Report on sanitation, dispensaries, and jails in Rajputana for 1917, and on vaccination for the year 1917-1918 - 1917-1918
Year: 1917
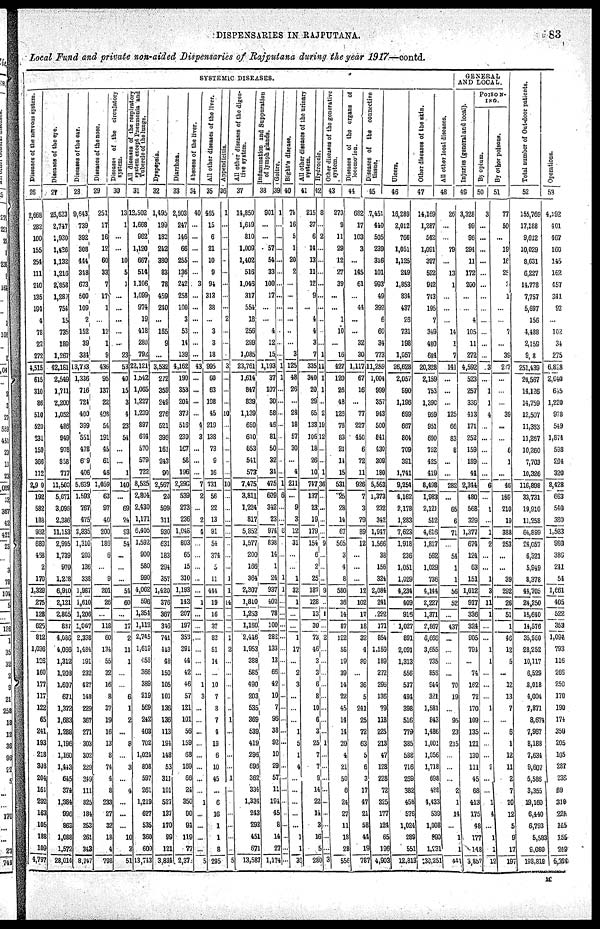
DISPENSARIES IN RAJPUTANA.
83
Local Fund and private non-aided Dispensaries of Rajputana during the year 1917—contd.
SYSTEMIC DISEASES.
Diseases
of the
nervous system.
26
2,668
282
100
155
254
111
210
135
191
4
78
22
272
4,515
615
310
86
510
520
231
159
366
112
2,909
192
582
188
962
689
468
2
170
1,329
275
128
625
812
1,036
126
160
177
117
122
65
241
193
218
308
204
161
292
163
105
188
109
4,797
Diseases of the eye.
27
26,623
2,747
1,930
1,426
1,132
1,216
2,858
1,289
754
15
735
189
1,267
42,181
2,549
1,711
2,200
1,052
486
949
978
858
717
11,500
5,671
3,096
2,386
11,153
2,995
1,739
970
1,208
6,910
2,121
2,805
887
4,086
4,066
1,312
1,208
1,607
671
1,372
1,683
1,288
1,196
1,160
1,443
645
374
1,384
996
863
1,088
1,572
28,014
Diseases of the ear.
28
9,643
739
392
308
444
348
673
500
109
2
152
39
331
13,733
1,336
716
724
400
399
551
478
609
406
5,639
1,593
767
475
2,835
1,310
203
136
338
1,987
1,610
1,206
1,067
2,338
1,484
191
232
427
148
229
367
271
303
302
229
249
111
825
184
253
261
343
8,747
Diseaseses
the nose.
29
251
17
16
12
60
33
7
17
1
...
12
1
9
436
95
137
22
408
54
191
45
61
46
1,059
63
97
40
200
186
6
...
9
201
26
...
118
60
134
55
32
16
8
37
19
16
13
8
74
4
8
233
27
32
18
4
798
Diseases of the circulatory
system.
30
13
1
...
...
10
5
1
...
...
...
...
...
23
53
40
15
3
4
23
54
...
...
1
140
...
69
24
93
54
...
...
...
54
60
...
17
2
11
1
...
...
6
1
2
...
8
...
3
...
4
...
...
...
10
3
51
All diseases
of the respiratory
system
except Pneumonia and
Tubercle of the lungs.
31
12,502
1,668
962
1,120
667
514
1,106
1,099
974
19
418
280
792
22,121
1,542
1,065
1,227
1,239
897
664
570
579
722
8,525
2,804
2,430
1,171
6,405
1,592
900
580
990
4,062
596
1,354
1,112
2,745
1,619
458
366
389
219
569
242
403
702
1,024
808
597
261
1,219
677
535
360
600
13,713
Dyspepsia.
32
l,496
199
182
242
380
83
78
459
240
...
165
9
...
3,532
272
359
249
276
521
396
161
243
90
2,567
20
599
311
930
631
183
294
357
1,420
376
367
316
741
443
48
150
105
101
136
136
113
191
148
53
311
101
527
137
170
99
121
3,834
Diarrhœa.
33
2,503
247
146
68
255
136
242
258
100
3
53
14
139
4,162
190
353
204
373
516
239
107
58
196
2,290
539
273
236
1,048
803
65
15
310
1,193
143
207
197
353
391
44
42
46
57
121
101
56
159
68
169
66
24
350
90
94
119
77
2,371
Abecess of the liver.
34
40
...
...
...
...
...
3
...
...
...
...
...
...
43
...
...
...
...
4
3
...
...
...
7
2
...
2
4
...
...
...
...
...
1
...
...
...
...
...
...
1
3
...
...
...
...
...
...
...
...
1
...
...
...
...
5
All other diseases of the liver.
35
465
15
6
21
10
9
94
313
38
...
3
3
18
995
60
63
108
45
219
138
73
9
16
731
56
22
13
91
54
374
5
11
414
19
16
37
82
51
14
...
10
7
8
7
4
19
6
10
45
...
6
16
1
1
8
295
Appendicitis.
36
1
...
...
...
...
...
...
...
...
2
...
...
...
3
...
...
...
10
...
...
...
...
...
10
...
...
...
...
...
...
...
1
1
14
...
...
1
2
...
...
...
...
...
1
...
...
...
...
1
...
...
...
...
...
...
5
All other diseases of the diges-
tive system.
37
14,850
1,649
810
1,009
1,402
516
1,046
317
554
18
256
299
1,085
23,761
1,614
847
839
1,139
659
610
653
541
573
7,475
3,811
1,224
817
5,852
1,577
200
166
364
2,207
1,810
1,253
1,160
2,446
1,953
388
585
490
203
535
369
539
419
296
696
362
334
1,334
243
293
451
671
13,587
Inflammation and Suppuration
of lymph glands.
38
901
...
...
57
54
33
100
17
...
...
4
12
15
1,193
37
107
30
58
46
81
50
32
34
475
609
342
23
974
898
14
1
24
937
402
78
100
282
133
13
66
42
10
7
96
38
92
10
29
57
11
194
45
8
14
27
1,174
Goitre.
39
1
...
...
...
...
...
...
...
...
...
...
...
...
1
1
...
...
...
...
...
...
...
...
1
6
...
...
6
...
...
1
1
...
...
...
...
...
...
...
...
...
...
...
...
...
...
...
...
...
...
...
...
...
...
...
Bight's disease.
40
78
16
5
1
20
2
...
...
...
...
...
...
3
125
48
26
...
28
18
57
30
...
4
211
...
9
3
12
31
...
...
1
32
1
...
...
1
17
...
2
3
...
...
...
1
5
1
4
...
...
...
...
...
1
1
36
All
other diseases of the urinary
system.
41
215
37
6
14
13
11
12
9
...
4
4
3
7
335
340
20
29
65
133
106
18
26
10
747
137
23
19
179
154
6
2
25
187
128
13
30
73
46
3
3
6
8
10
6
3
25
7
7
9
14
22
14
3
16
5
280
Hydrocele.
42
8
...
2
...
...
...
...
...
...
...
...
...
1
11
1
1
...
2
19
12
...
...
1
36
...
...
...
...
9
...
...
...
9
...
1
...
2
...
...
...
...
...
...
...
...
1
...
...
...
...
...
...
...
...
...
3
Other diseases of the gonerative
system.
43
273
9
11
29
12
27
39
...
...
1
10
...
16
427
120
26
48
126
78
83
21
14
15
531
25
28
14
67
565
3
4
8
580
36
14
87
122
58
19
39
14
22
45
14
14
20
4
21
50
6
24
27
11
18
28
556
Diseases of the organs of
locomotion.
44
682
17
103
3
...
145
61
...
41
...
...
32
30
1,117
67
16
...
77
227
450
6
72
11
926
7
3
79
89
12
...
...
...
12
102
17
18
32
4
89
...
36
5
241
25
72
63
5
6
3
17
47
21
58
44
19
787
Diseases
of the connective
tissue.
45
7,451
440
505
239
316
101
993
49
392
6
60
34
773
11,259
1,004
999
357
943
500
841
430
309
180
5,563
1,373
232
342
1,947
1,566
38
156
324
2,084
241
292
171
854
1,159
189
272
296
136
79
118
225
213
47
128
228
72
325
177
124
65
196
4,903
Ulcers.
46
16,289
2,012
766
1,051
1,125
249
1,853
834
437
26
731
198
1,057
26,628
2,057
990
1,196
699
667
804
709
391
1,741
9,254
4,162
2,178
1,283
7,623
1,918
236
1,051
1,029
4,234
409
916
1,027
891
2,091
1,313
556
537
494
398
516
779
385
588
716
269
382
458
576
1,024
289
551
12,813
Other diseases of the skin.
47
14,169
1,287
542
1,091
327
522
942
743
195
7
349
480
684
20,328
2,159
753
1,390
959
951
690
752
425
419
8,498
1,983
2,120
512
4,616
1,817
562
1,029
736
4,144
2,227
1,371
2,867
6,666
3,655
735
858
944
321
1,581
843
1,486
1,001
1,056
1,718
698
488
4,433
539
1,008
990
1,231
130,251
All other local diseases.
48
26
...
...
79
...
13
1
...
...
...
14
1
7
141
...
...
...
125
66
83
8
...
...
282
...
65
6
71
...
54
1
1
56
52
...
437
...
...
...
...
70
19
...
95
23
215
...
...
...
2
1
14
...
1
1
441
GENERAL
AND LOCAL.
Injuries (general and local).
49
3,328
99
96
294
11
172
200
...
...
4
105
11
272
4,592
523
257
336
413
171
252
159
189
44
2,344
480
568
329
1,377
674
124
63
151
1,012
917
336
324
905
794
...
74
162
72
170
109
135
121
130
111
45
68
413
175
48
177
148
3,857
POISON¬
ING.
By opium.
50
3
...
...
...
...
...
...
...
...
...
...
...
...
3
...
1
1
4
...
...
...
...
...
6
...
1
...
1
2
...
...
1
3
11
1
...
...
1
1
...
...
...
1
...
...
...
...
2
...
...
1
4
...
1
1
12
By other poisons.
51
77
50
...
19
16
25
3
1
...
...
7
...
39
237
...
...
...
39
...
...
6
1
...
46
159
210
19
388
253
...
...
39
292
28
51
1
46
12
5
...
12
13
7
...
6
1
12
11
2
7
20
12
5
9
17
197
Total number of Out-door patients.
52
155,769
17,188
9,012
10,029
8,631
6,227
14,778
7,757
5,697
156
4,488
2,159
9,8
251,439
24,567
14,126
14,759
12,507
11,383
11,267
10,260
7,703
10,326
116,898
33,731
19,910
11,258
64,899
24,057
6,321
5,949
8,378
44,705
24,250
14,640
14,576
35,960
28,252
10,117
6,529
8,018
4,004
7,871
8,674
7,967
8,188
7,634
9,607
5,586
3,355
19,160
6,440
6,793
5,583
9,080
199,818
Operations.
53
4,192
401
467
160
145
162
457
341
92
...
102
34
275
6,828
2,040
615
1,220
978
549
1,874
598
204
320
8,428
663
540
380
1,583
980
386
241
54
1,661
405
522
353
1,094
793
116
266
250
170
190
174
350
205
105
287
238
69
310
224
145
155
249
5,390
M